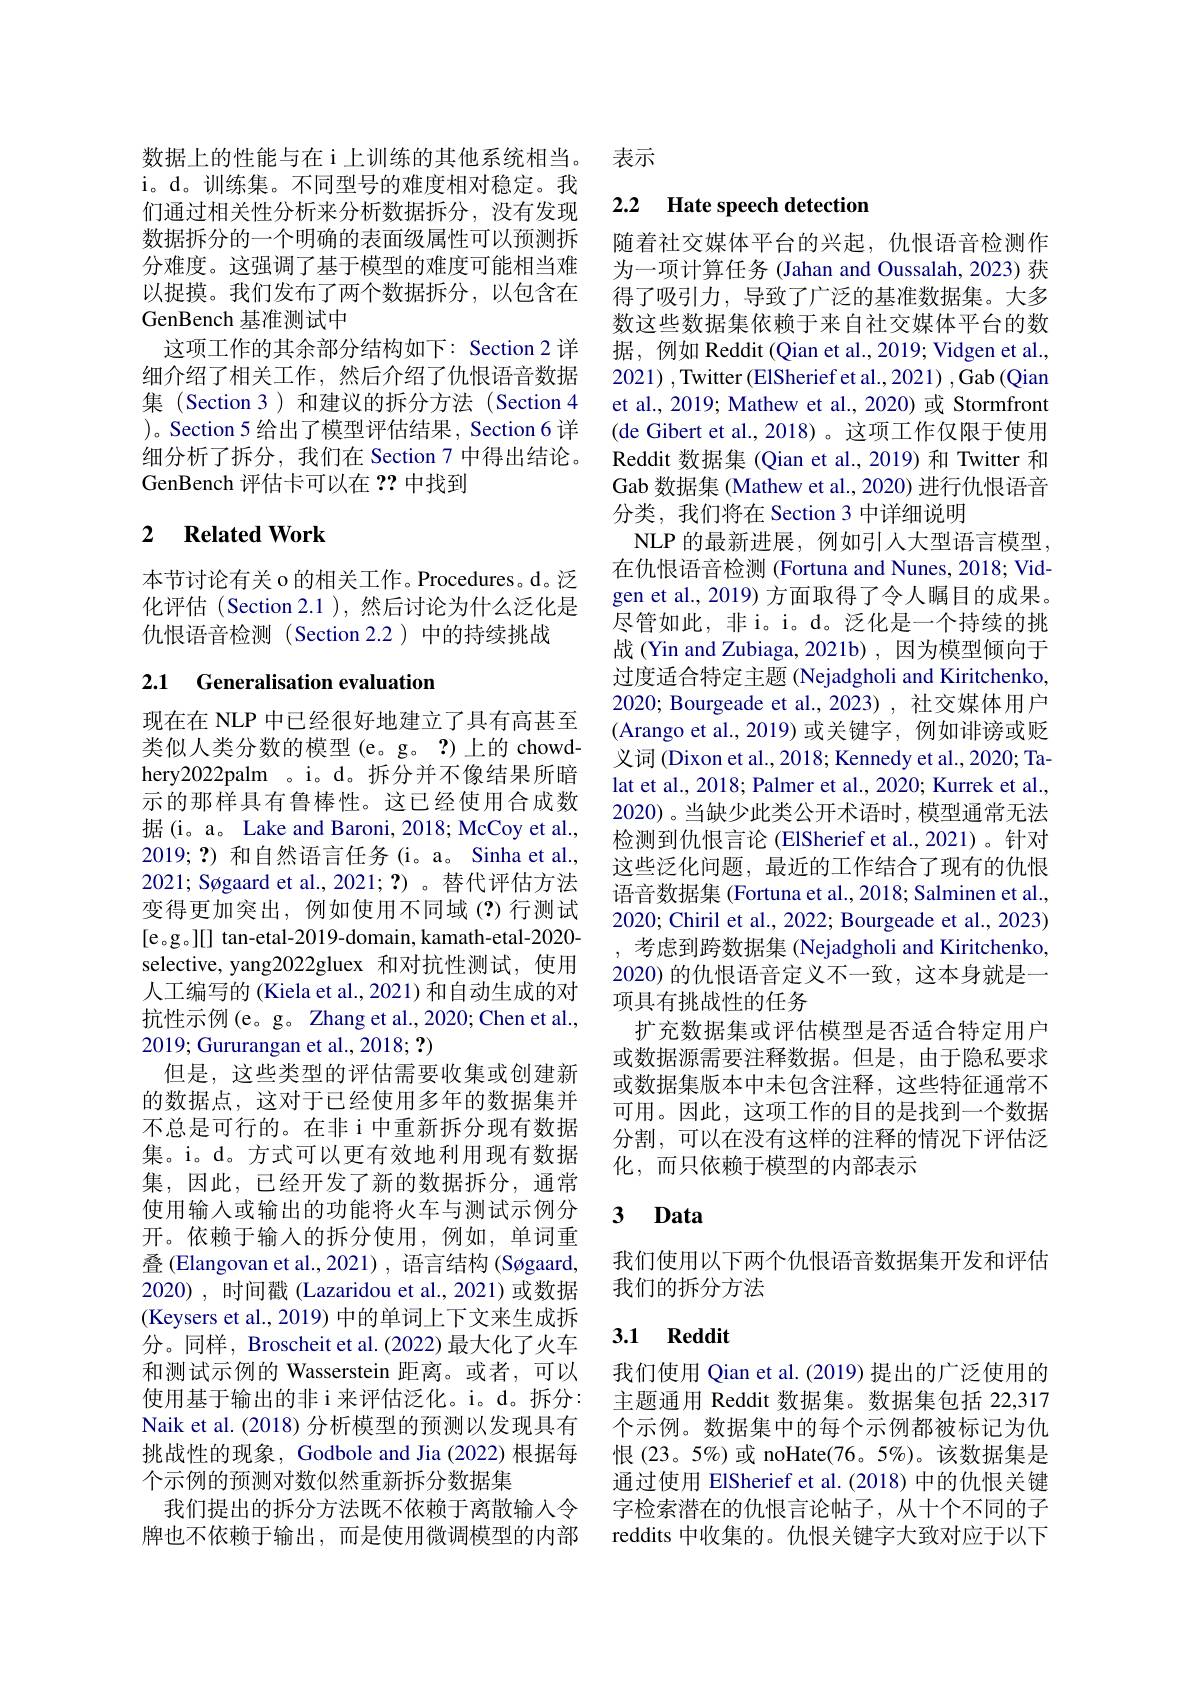
i。d。训练集。不同型号的难度相对稳定。我们通过相关性分析来分析数据拆分，没有发现数据拆分的一个明确的表面级属性可以预测拆分难度。这强调了基于模型的难度可能相当难以捉摸。我们发布了两个数据拆分，以包含在GenBench 基准测试中
这项工作的其余部分结构如下：Section 2 详细介绍了相关工作，然后介绍了仇恨语音数据集 (Section 3)和建议的拆分方法(Section 4 )。Section 5 给出了模型评估结果，Section 6 详细分析了拆分，我们在 Section 7 中得出结论。GenBench 评估卡可以在？?中找到

## 2 $\textbf{Related Work}$

本节讨论有关 o 的相关工作。Procedures。d。泛化评估(Section 2.1),然后讨论为什么泛化是仇恨语音检测(Section 2.2)中的持续挑战

## 2.1 Generalisation evaluation

现在在 NLP 中已经很好地建立了具有高甚至类似人类分数的模型(e。g。?)上的 chowdhery2022palm 。i。d。拆分并不像结果所暗示的那样具有鲁棒性。这已经使用合成数据(i。a。Lake and Baroni, 2018; McCoy et al., $2019;\mathbf{?}$)和自然语言任务(i。a。Sinha et al., 2021; Søgaard et al., 2021; ?)。替代评估方法变得更加突出，例如使用不同域(?)行测试[e。g。][] tan-etal-2019-domain, kamath-etal-2020- selective, yang2022gluex 和对抗性测试，使用人工编写的 (Kiela et al., 2021) 和自动生成的对抗性示例(e。g。Zhang et al., 2020; Chen et al., 2019; Gururangan et al., 2018; ?)
但是，这些类型的评估需要收集或创建新的数据点，这对于已经使用多年的数据集并不总是可行的。在非 i 中重新拆分现有数据集。i。d。方式可以更有效地利用现有数据集，因此，已经开发了新的数据拆分，通常使用输入或输出的功能将火车与测试示例分开。依赖于输人的拆分使用，例如，单词重叠 (Elangovan et al.,2021), 语言结构 (Søgaard, 2020), 时间戳 (Lazaridou et al.,2021)或数据(Keysers et al., 2019) 中的单词上下文来生成拆分。同样，Broscheit et al.(2022) 最大化了火车和测试示例的 Wasserstein 距离。或者，可以使用基于输出的非i来评估泛化。i。d。拆分： Naik et al. (2018) 分析模型的预测以发现具有挑战性的现象，Godbole and Jia (2022) 根据每个示例的预测对数似然重新拆分数据集
我们提出的拆分方法既不依赖于离散输入令牌也不依赖于输出，而是使用微调模型的内部

数据上的性能与在 i 上训练的其他系统相当。表示

## 2.2 Hate speech detection

随着社交媒体平台的兴起，仇恨语音检测作为一项计算任务 (Jahan and Oussalah, 2023) 获得了吸引力，导致了广泛的基准数据集。大多数这些数据集依赖于来自社交媒体平台的数据，例如 Reddit (Qian et al., 2019; Vidgen et al., 2021) ,Twitter (ElSherief et al., 2021) , Gab (Qian et al., 2019; Mathew et al., 2020) 或 Stormfront (de Gibert et al., 2018) 。这项工作仅限于使用Reddit 数据集 (Qian et al., 2019) 和 Twitter 和Gab 数据集 (Mathew et al., 2020) 进行仇恨语音分类，我们将在 Section 3 中详细说明
NLP 的最新进展，例如引入大型语言模型， 在仇恨语音检测 (Fortuna and Nunes, 2018; Vidgen et al., 2019) 方面取得了令人瞩目的成果。尽管如此，非i。i。d。泛化是一个持续的挑战 (Yin and Zubiaga, 2021b) , 因为模型倾向于过度适合特定主题 (Nejadgholi and Kiritchenko, 2020; Bourgeade et al., 2023), 社交媒体用户(Arango et al., 2019) 或关键字，例如诽谤或贬义词 (Dixon et al., 2018; Kennedy et al., 2020; Talat et al., 2018; Palmer et al., 2020; Kurrek et al., 2020)。当缺少此类公开术语时，模型通常无法检测到仇恨言论 (ElSherief et al., 2021)。针对这些泛化问题，最近的工作结合了现有的仇恨语音数据集 (Fortuna et al., 2018; Salminen et al., 2020; Chiril et al., 2022; Bourgeade et al., 2023) 考虑到跨数据集 (Nejadgholi and Kiritchenko, 2020) 的仇恨语音定义不一致，这本身就是一项具有挑战性的任务
扩充数据集或评估模型是否适合特定用户或数据源需要注释数据。但是，由于隐私要求或数据集版本中未包含注释，这些特征通常不可用。因此，这项工作的目的是找到一个数据分割，可以在没有这样的注释的情况下评估泛化，而只依赖于模型的内部表示

### $\textbf{3 Data}$

我们使用以下两个仇恨语音数据集开发和评估
我们的拆分方法

### 3.1 Reddit

我们使用 Qian et al. (2019) 提出的广泛使用的主题通用 Reddit 数据集。数据集包括 22,317个示例。数据集中的每个示例都被标记为仇恨(23。5%)或 noHate(76。5%)。该数据集是通过使用 ElSherief et al. (2018) 中的仇恨关键字检索潜在的仇恨言论帖子，从十个不同的子reddits 中收集的。仇恨关键字大致对应于以下